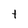
Character: t